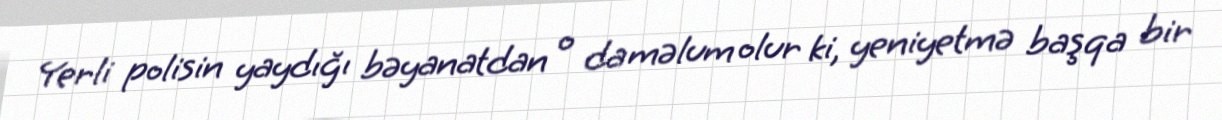
Yerli polisin yaydığı bəyanatdan o da məlum olur ki, yeniyetmə başqa bir